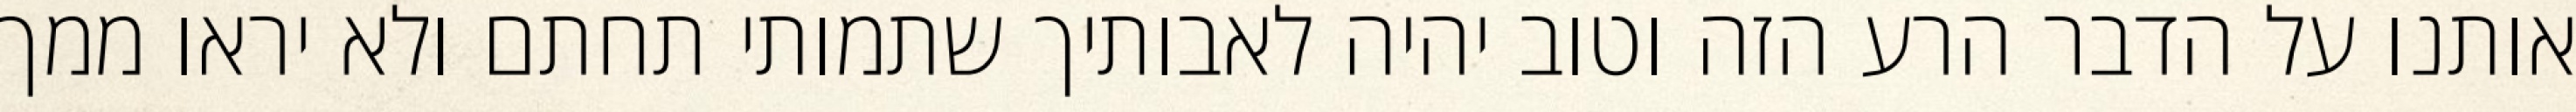
אותנו על הדבר הרע הזה וטוב יהיה לאבותיך שתמותי תחתם ולא יראו ממך